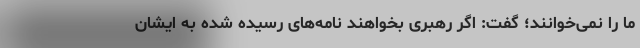
ما را نمی‌خوانند؛ گفت: اگر رهبری بخواهند نامه‌های رسیده شده به ایشان